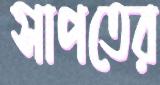
সাপতের